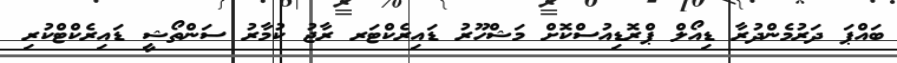
ބައްޕަ ދަރުމެންދުރާ ޑިއޯލް ޕްރޮޑިއުސްކޮށް މަޝްހޫރު ޑައިރެކްޓަރ ރާޖު ކުމާރު ސަންތޯޝީ ޑައިރެކްޓްކުރި